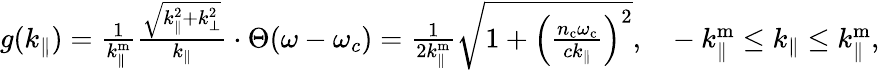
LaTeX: \begin{array}{r}{g(k_{\parallel})=\frac{1}{k_{\parallel}^{\mathrm{m}}}\frac{\sqrt{k_{\parallel}^{2}+k_{\perp}^{2}}}{k_{\parallel}}\cdot\Theta(\omega-\omega_{c})=\frac{1}{2k_{\parallel}^{\mathrm{m}}}\sqrt{1+\left(\frac{n_{\mathrm{c}}\omega_{\mathrm{c}}}{ck_{\parallel}}\right)^{2}},~~~-k_{\parallel}^{\mathrm{m}}\leq k_{\parallel}\leq k_{\parallel}^{\mathrm{m}},}\end{array}